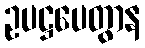
ဥပဋ္ဌပေတွာန